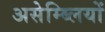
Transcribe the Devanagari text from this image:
असेम्ब्लियों